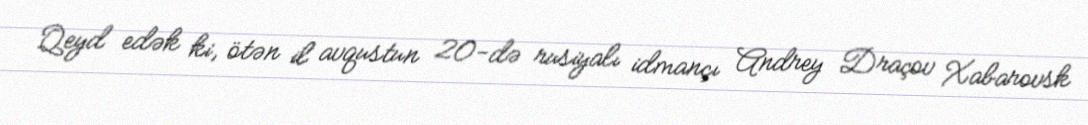
Qeyd edək ki, ötən il avqustun 20-də rusiyalı idmançı Andrey Draçov Xabarovsk